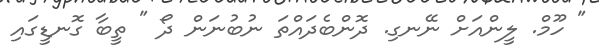
" ހޫމް. ލީންއަށް ނޭނގި. ދޮންބެދައްތަ ނުބުނަން ދޯ " ތީބާ ގޮނޑީގައި